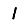
Digit: 1